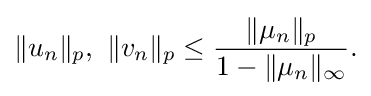
\displaystyle {\|u_{n}\|_{p},\,\,\|v_{n}\|_{p}\leq {\|\mu _{n}\|_{p} \over 1-\|\mu _{n}\|_{\infty }}.}